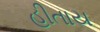
હીતાય